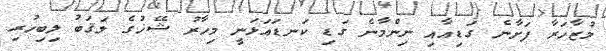
މުޒާހަރާ ފަށާނެ ގަޑިއާއި ނިންމާނެ ގަޑި ކަނޑައަޅަނީ މިހާރު ޝޭޚުގެ ލަޤަބު ލިބިހުރި